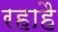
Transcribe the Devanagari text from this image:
रहाहै